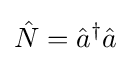
{\hat {N}}={\hat {a}}^{\dagger }{\hat {a}}